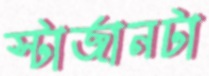
স্টার্জানটা